Vaccination United Provinces of Agra and Oudh 1902-1913 - 1902-1913
Year: 1902
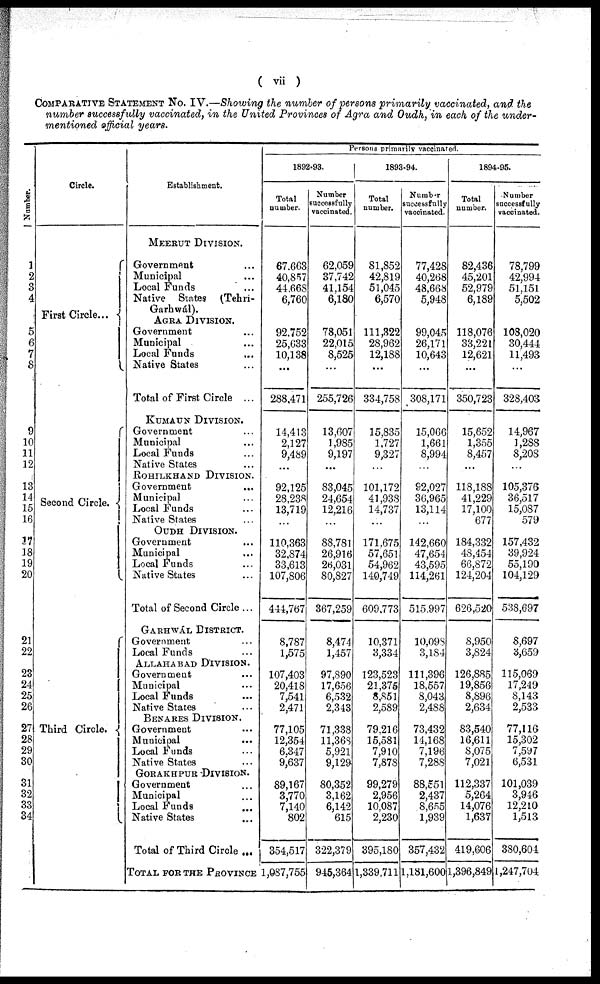
( vii )
COMPARATIVE STATEMENT No. IV.—Showing the number of persons primarily vaccinated, and the
number successfully vaccinated, in the United Provinces of Agra and Oudh, in each of the under-
mentioned official years.
Number.
1
2
3
4
5
6
7
8
9
10
11
12
13
14
15
16
17
18
19
20
21
22
23
24
25
26
27
28
29
30
31
32
33
34
Circle.
First Circle ...
Second Circle.
Third Circle.
Establishment.
MEERUT DIVISION.
Government ...
Municipal ...
Local Funds ...
Native States (Tehri-
Garhwál).
AGRA DIVISION.
Government ...
Municipal ...
Local Funds ...
Native States ...
Total of First Circle ...
KUMAUN DIVISION.
Government ...
Municipal ...
Local Funds ...
Native States ...
ROHILKHAND DIVISION.
Government
...
Municipal ...
Local Funds ...
Native States ...
OUDH DIVISION.
Government
...
Municipal ...
Local Funds ...
Native States ...
Total of Second Circle ...
GARHWÁL DISTRICT.
Government ...
Local Funds ...
ALLAHABAD DIVISION.
Government ...
Municipal ...
Local Funds ...
Native States ...
BENARES DIVISION.
Government ...
Municipal
...
Local Funds ...
Native States ...
GORAKHPUR DIVISION.
Government ...
Municipal ...
Local Funds ...
Native States ...
Total of Third Circle ...
TOTAL FOR THE PROVINCE
Persons primarily vaccinated.
1892-93.
Total
number.
67,663
40,857
44,668
6,760
92,752
25,633
10,138
...
288,471
14,413
2,127
9,489
...
92,125
28,238
13,719
...
110,363
32,874
33,613
107,806
444,767
8,787
1,575
107,403
20,418
7,541
2,471
77,105
12,354
6,347
9,637
89,167
3,770
7,140
802
354,517
1,087,755
Number
successfully
vaccinated.
62,059
37,742
41,154
6,180
78,051
22,015
8,525
...
255,726
13,607
1,985
9,197
...
83,045
24,654
12,216
...
88,781
26,916
26,031
80,827
367,259
8,474
1,457
97,890
17,656
6,532
2,343
71,338
11,368
5,921
9,129
80,352
3,162
6,142
615
322,379
945,364
1893-94.
Total
number.
81,852
42,819
51,045
6,570
111,322
28,962
12,188
...
334,758
15,835
1,727
9,327
...
101,172
41,938
14,737
...
171,675
57,651
54,962
140,749
609,773
10,371
3,334
123,523
21,375
8,851
2,589
79,216
15,581
7,910
7,878
99,279
2,956
10,087
2,230
395,180
1,339,711
Number
successfully
vaccinated.
77,428
40,268
48,668
5,948
99,045
26,171
10,643
...
308,171
15,066
1,661
8,994
...
92,027
36,965
13,114
...
142,660
47,654
43,595
114,261
515,997
10,098
3,184
111,396
18,557
8,043
2,488
73,432
14,168
7,196
7,288
88,551
2,437
8,655
1,939
357,432
1,181,600
1894-95.
Total
number.
82,436
45,201
52,979
6,189
118,076
33,221
12,621
...
350,723
15,652
1,355
8,457
...
118,188
41,229
17,100
677
184,332
48,454
66,872
124,204
626,520
8,950
3,824
126,885
19,856
8,896
2,634
83,540
16,611
8,075
7,021
112,337
5,264
14,076
1,637
419,606
1,396,849
Number
successfully
vaccinated.
78,799
42,994
51,151
5,502
108,020
30,444
11,493
...
328,403
14,967
1,288
8,208
...
105,376
36,517
15,087
579
157,432
39,924
55,190
104,129
538,697
8,697
3,659
115,069
17,249
8,143
2,533
77,116
15,302
7,597
6,531
101,039
3,946
12,210
1,513
380,604
1,247,704